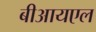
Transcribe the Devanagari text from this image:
बीआयएल